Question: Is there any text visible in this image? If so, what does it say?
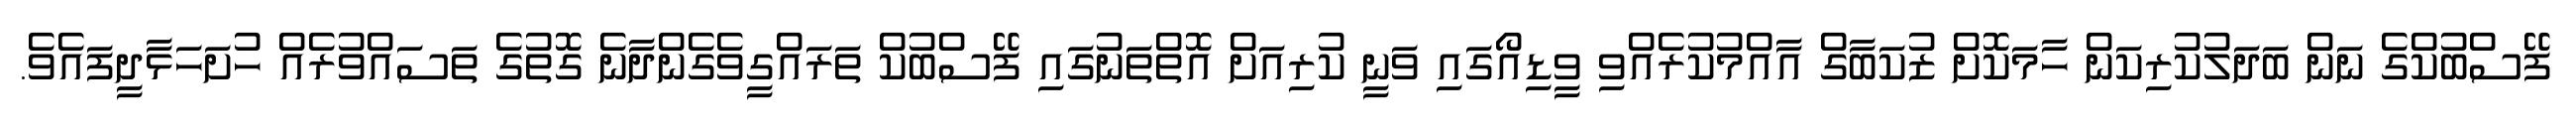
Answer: ފޭސްބުކްގެ ނަން ބަދަލުކުރިކަން ހާމަކޮށް ޒުކަބާގް އާއްމުކުރެއްވި ވީޑިއޯގައި ވަނީ ކުރިއަށް އޮތްތަނުގައި ފޭސްބުކް ތަރައްގީވެގެންދާނެ ގޮތުގެ ތަސައްވުރެއް ހުށަހަޅާދީފައެވެ.